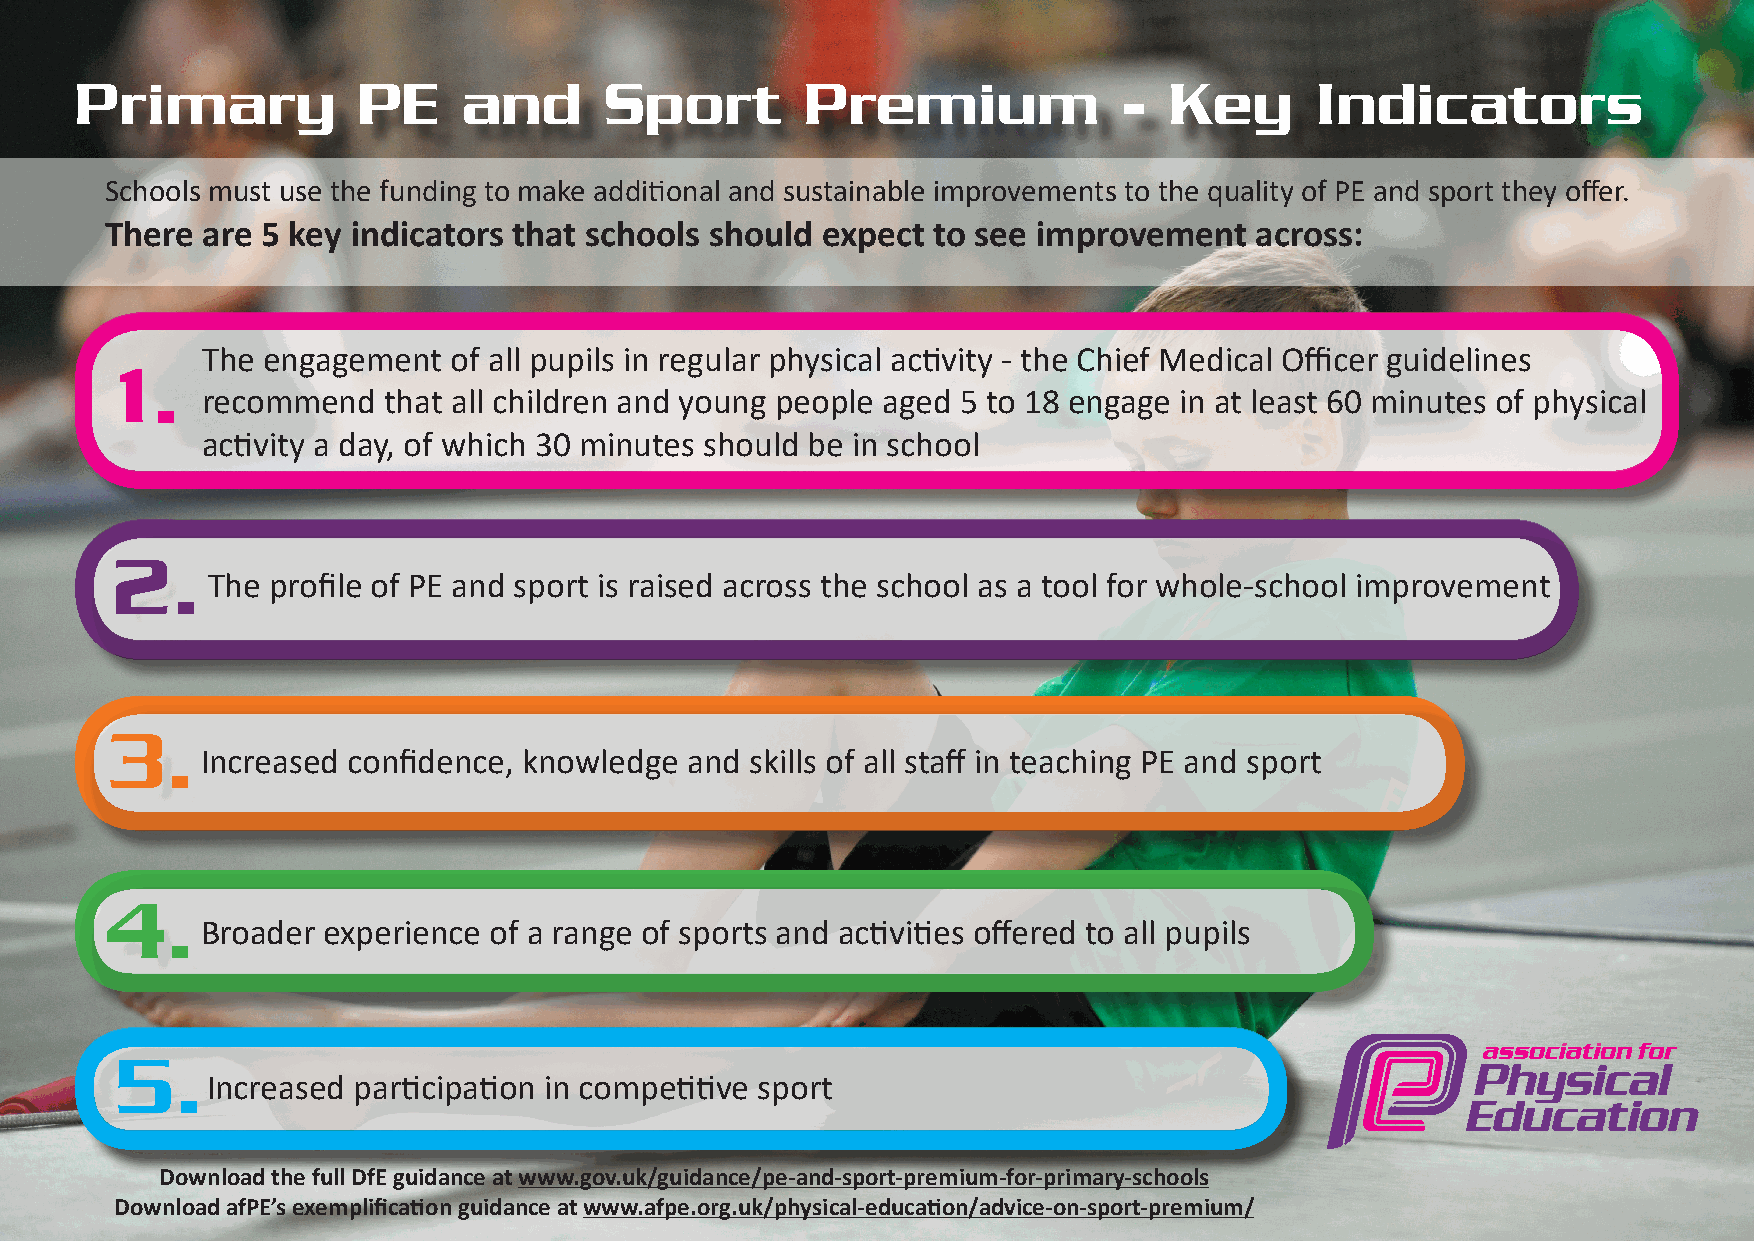
Primary            PE     and      Sport        Premium              -  Key       Indicators
 Schools must use the funding to make additional and sustainable improvements to the quality of PE and sport they offer.
 There are 5 key indicators that schools should expect  to see improvement   across:
 The engagement   of all pupils in regular physical activity - the Chief Medical Officer guidelines
 1.
 recommend   that all children and young people aged 5 to 18 engage in at least 60 minutes of physical
 activity a day, of which 30 minutes should be in school
 2.
 The profile of PE and sport is raised across the school as a tool for whole-school improvement
 3.
 Increased confidence, knowledge  and skills of all staff in teaching PE and sport
 4.
 Broader experience of a range of sports and activities offered to all pupils
 5.
 Increased participation in competitive sport
 Download the full DfE guidance at www.gov.uk/guidance/pe-and-sport-premium-for-primary-schools
 Download afPE’s exemplification guidance at www.afpe.org.uk/physical-education/advice-on-sport-premium/